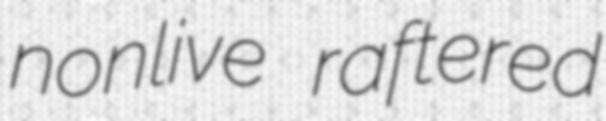
nonlive raftered